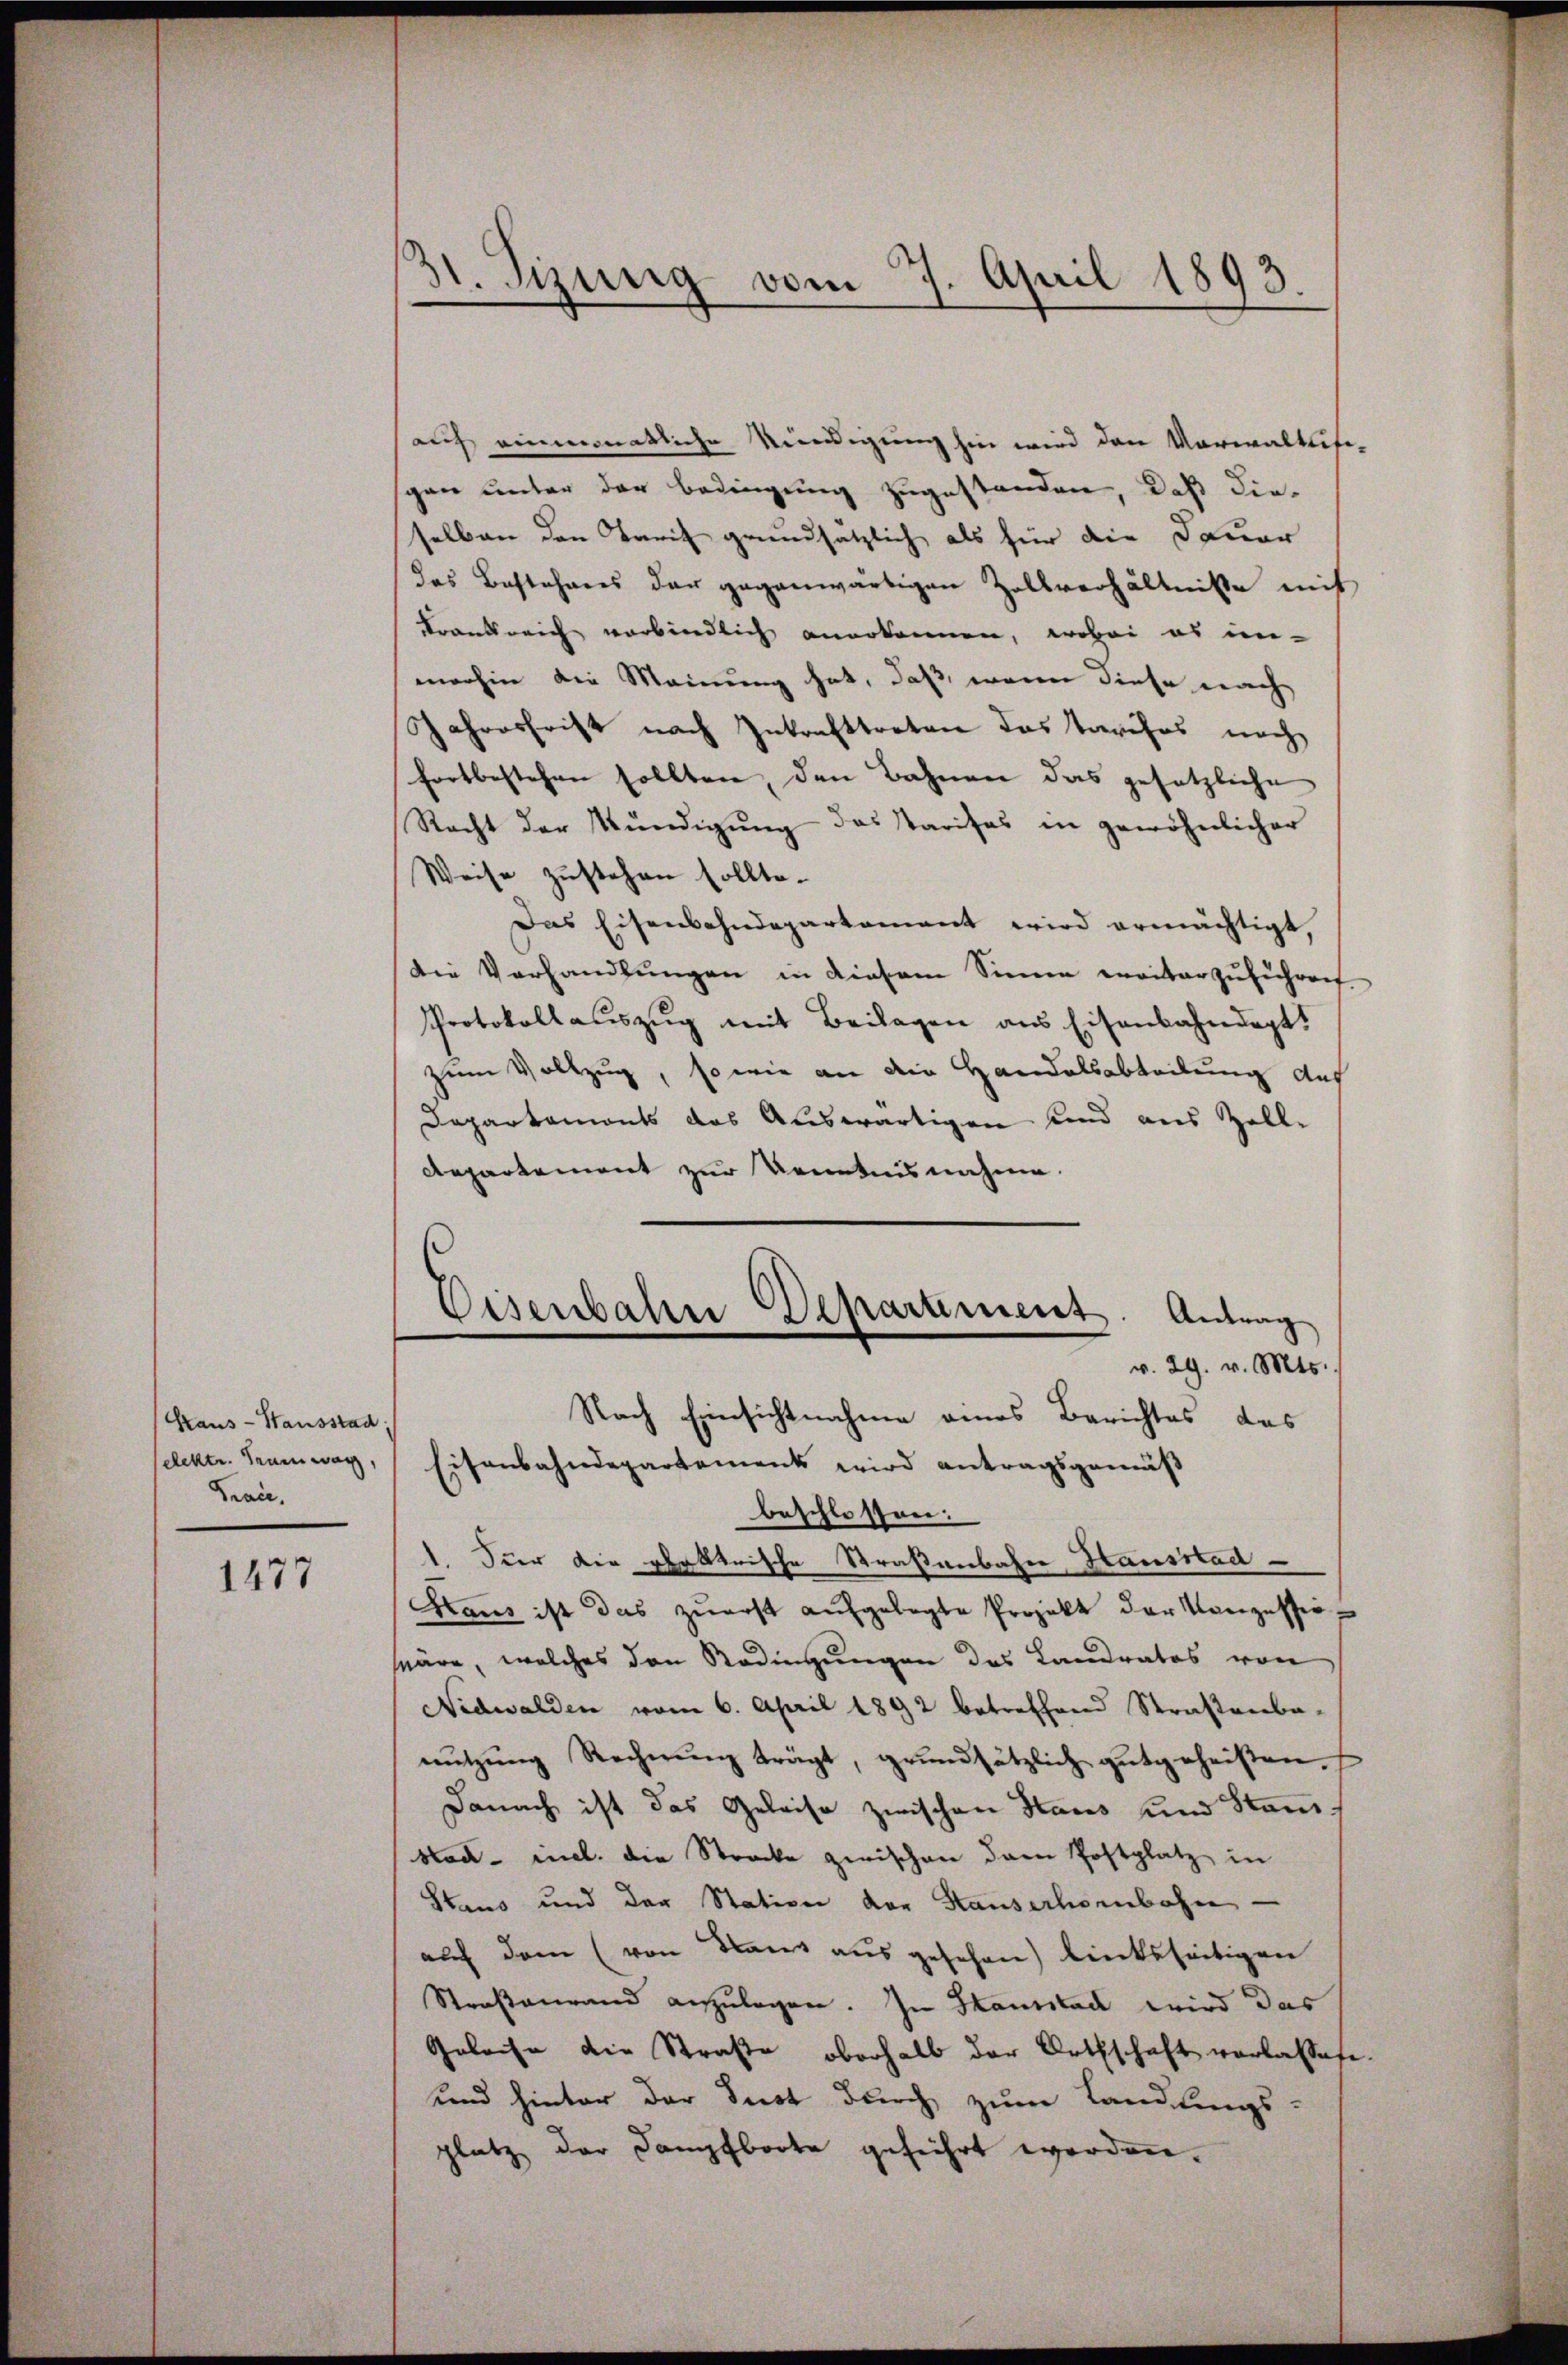
Kraus- Hausstad
selektr. Tramwar,
Bran.

1477

31. Sizung vom 7. April 1893.

auf einmonatliche Kündigung hin wird den Vorwalttisi-
gen unter der Bedingung zugestanden, daß dieselben den Tarif grundsätzlich als für die Dauer
das Bestehens der gegenwärtigen Zollverhältniße mit
Krankreich verbindlich anerkennen, wobei es in-
merhin die Meinung hat, daß, wenn diese nach
Jahresfrist nach Inkrafttreten das Tarifos noch
fortbestehen sollten, den Bahnen das gesetzliche
Recht der Kündigung das Paritas in gewöhnlicher
Weise zustehen sollte.
Das Eisenbahndepartamant wird ermächtigt,
die Verhandlungen in diesem Sinne weiterzuführen
Protokoll aŭszŭg mit Beilagen aus Eisenbahndagt!
zum Vollzug, so wie an die Handelsabteilung auf
Dapartamonts das Auswärtigen und aus Zoll-
Repartement zur Kenntnisnahme.
s
Eisenbahn Deparament. Antrag
v. 29. v. Mts.
Nach Einsichtnahme eines Berichtes des
Eisenbahndepartement wird antragsgemäß
beschlossen:
1. Für die plektrische Straßenbahn Hausstad
Hans ist das zuerst aufgelegte Projekt der Konzesser-
säre, welches den Bedingungen des Landratos von
Nidwalden vom 6. April 1892 betreffend Straßenba-
nŭtzŭng Rechnŭng trägt, grundsätzlich gutgeheißen.
Danach ist das Geleise zwischen Haus und Stan¬
Had- incl. die Strocke zwischen dem Postplatz in
Staus und der Station der Stauserhoenbahn
auf dem (von Plant ausgesehen) linksseitigen
Straßenrand anzulegen. In Santitac wird das
Geloise die Straße oberhalb der Orthschaft verlassese
und hinter der Just durch zum Landlungs-
platz der Dampfboote geführt worden.